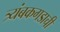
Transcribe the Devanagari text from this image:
त्र्यंबकगडाची